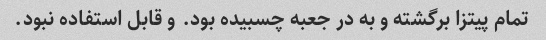
تمام پیتزا برگشته و به در جعبه چسبیده بود. و قابل استفاده نبود.